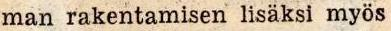
man rakentamisen lisäksi myös